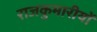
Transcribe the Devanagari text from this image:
राजकुमारीयों